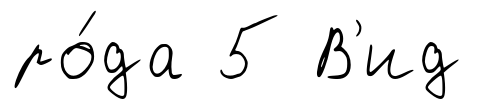
ро́да 5 В'ид